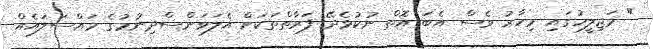
" މަޖިލީހުގައި މިހާރު ވެސް އެބަ އޮތް ނުކުޅެދޭ ފަރާތްތަކަށް އެލަވަންސްދިނުމުގެ މައްސަލައެއް